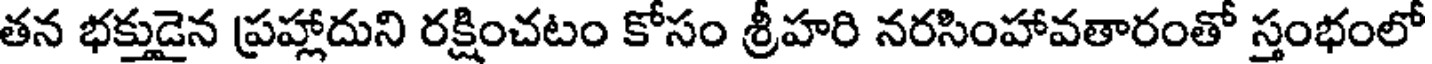
తన భక్తుడైన ప్రహ్లాదుని రక్షించటం కోసం శ్రీహరి నరసింహావతారంతో స్తంభంలో